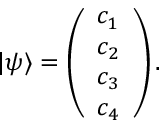
| \psi \rangle = \left( \begin{array} { l } { c _ { 1 } } \\ { c _ { 2 } } \\ { c _ { 3 } } \\ { c _ { 4 } } \end{array} \right) .